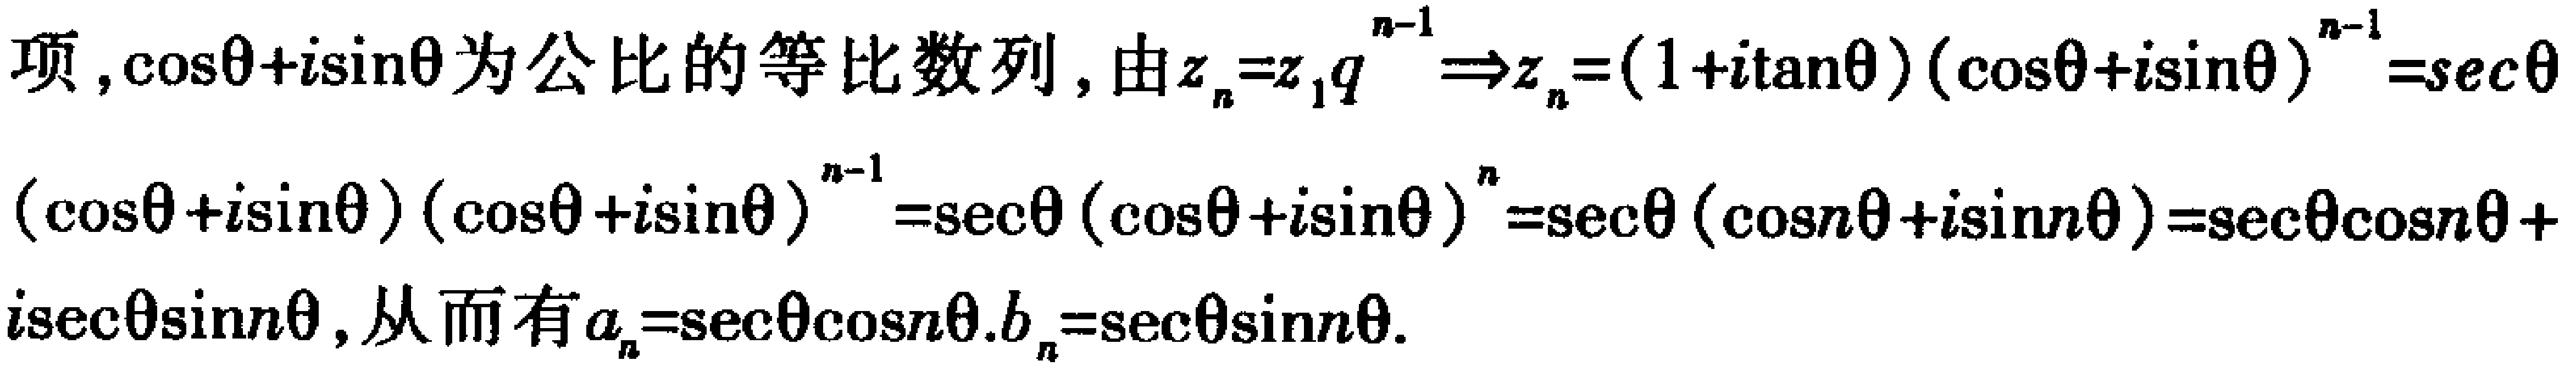
项，\(\cos\theta + i\sin\theta\)为公比的等比数列，由\(z_{n}=z_{1}q^{n - 1}\Rightarrow z_{n}=(1 + i\tan\theta)(\cos\theta + i\sin\theta)^{n - 1}=\sec\theta(\cos\theta + i\sin\theta)(\cos\theta + i\sin\theta)^{n - 1}=\sec\theta(\cos\theta + i\sin\theta)^{n}=\sec\theta(\cos n\theta + i\sin n\theta)=\sec\theta\cos n\theta + i\sec\theta\sin n\theta\)，从而有\(a_{n}=\sec\theta\cos n\theta,b_{n}=\sec\theta\sin n\theta\)。